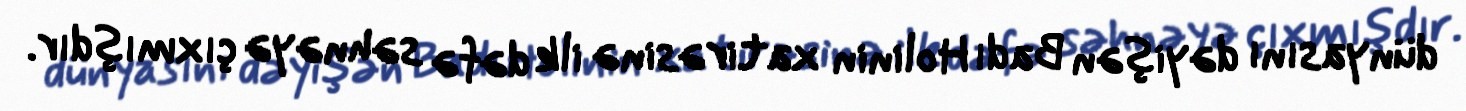
dünyasını dəyişən Badı Holinin xatirəsinə ilk dəfə səhnəyə çıxmışdır.